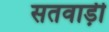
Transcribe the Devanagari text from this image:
सतवाड़ी